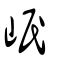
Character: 㟭